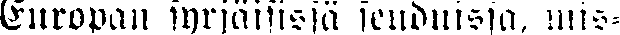
Europan syrjäisissä seuduissa, mis-